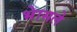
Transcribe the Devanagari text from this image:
भेासले